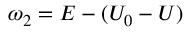
\omega _ { 2 } = E - ( U _ { 0 } - U )